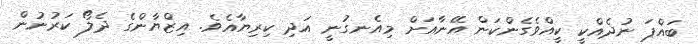
ބައްޕަ ނުދެއްކީ ކީއްވެގެންކަން އޭނާއަށް މިއެނގުނީ އަދި ކިރިޔާއެވެ. އިޒްޔާންގެ ދެލޯ ކަރުނުން